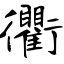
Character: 衢